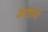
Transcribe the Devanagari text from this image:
कालामो